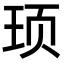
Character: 顼